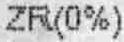
ZR(0%)